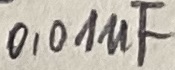
Text: 0,01µF